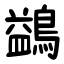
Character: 鷁